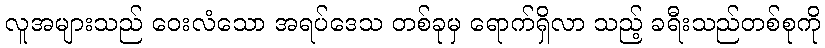
လူအများသည် ဝေးလံသော အရပ်ဒေသ တစ်ခုမှ ရောက်ရှိလာ သည့် ခရီးသည်တစ်စုကို